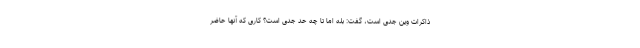
ذاکرات وین جدی است، گفت: بله اما تا چه حد جدی است؟ کاری که آنها حاضر